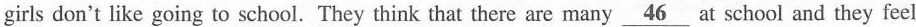
girls don't like going to school. They think that there are many \underline{46} at school and they feel